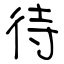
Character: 待